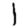
Digit: 1